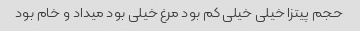
حجم پیتزا خیلی خیلی کم بود مرغ خیلی بود میداد و خام بود